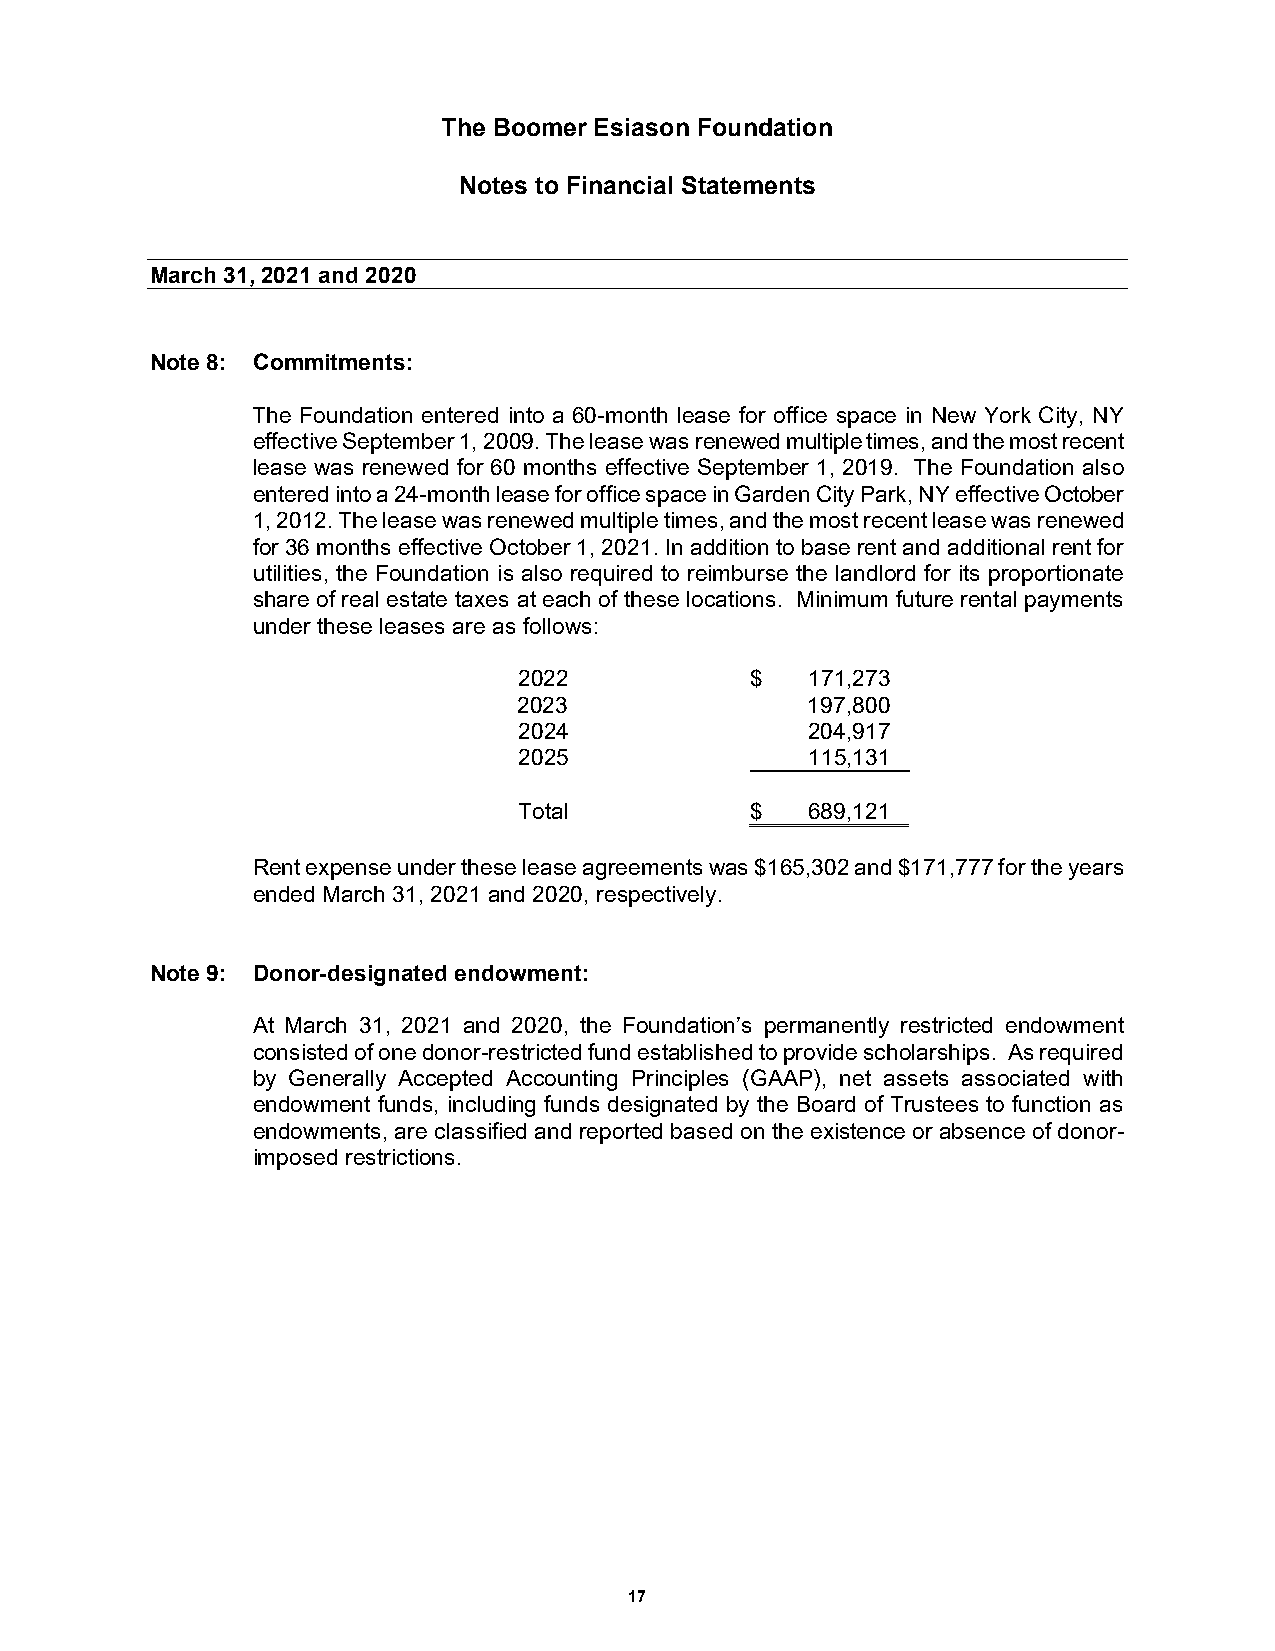
The Boomer Esiason Foundation
 Notes to Financial Statements
 M arch 31, 2021 and 2020
 Note 8: Commitments:
 The Foundation entered into a 60-month lease for office space in New York City, NY
 effective September 1, 2009. The lease was renewed multiple times, and the most recent
 lease was renewed for 60 months effective September 1, 2019. The Foundation also
 entered into a 24-month lease for office space in Garden City Park, NY effective October
 1, 2012. The lease was renewed multiple times, and the most recent lease was renewed
 for 36 months effective October 1, 2021. In addition to base rent and additional rent for
 utilities, the Foundation is also required to reimburse the landlord for its proportionate
 share of real estate taxes at each of these locations. Minimum future rental payments
 under these leases are as follows:
 2022            $  171,273
 2023               197,800
 2024               204,917
 2025               115,131
 Total           $  689,121
 Rent expense under these lease agreements was $165,302 and $171,777 for the years
 ended March 31, 2021 and 2020, respectively.
 Note 9: Donor-designated endowment:
 At March 31, 2021 and 2020, the Foundation’s permanently restricted endowment
 consisted of one donor-restricted fund established to provide scholarships. As required
 by Generally Accepted Accounting Principles (GAAP), net assets associated with
 endowment funds, including funds designated by the Board of Trustees to function as
 endowments, are classified and reported based on the existence or absence of donor-
 imposed restrictions.
 17